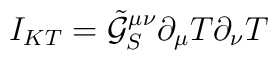
I_{KT}=\tilde{\mathcal{G}}_S^{\mu\nu}\partial_{\mu}T\partial_{\nu}T